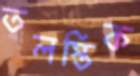
তলস্তিক